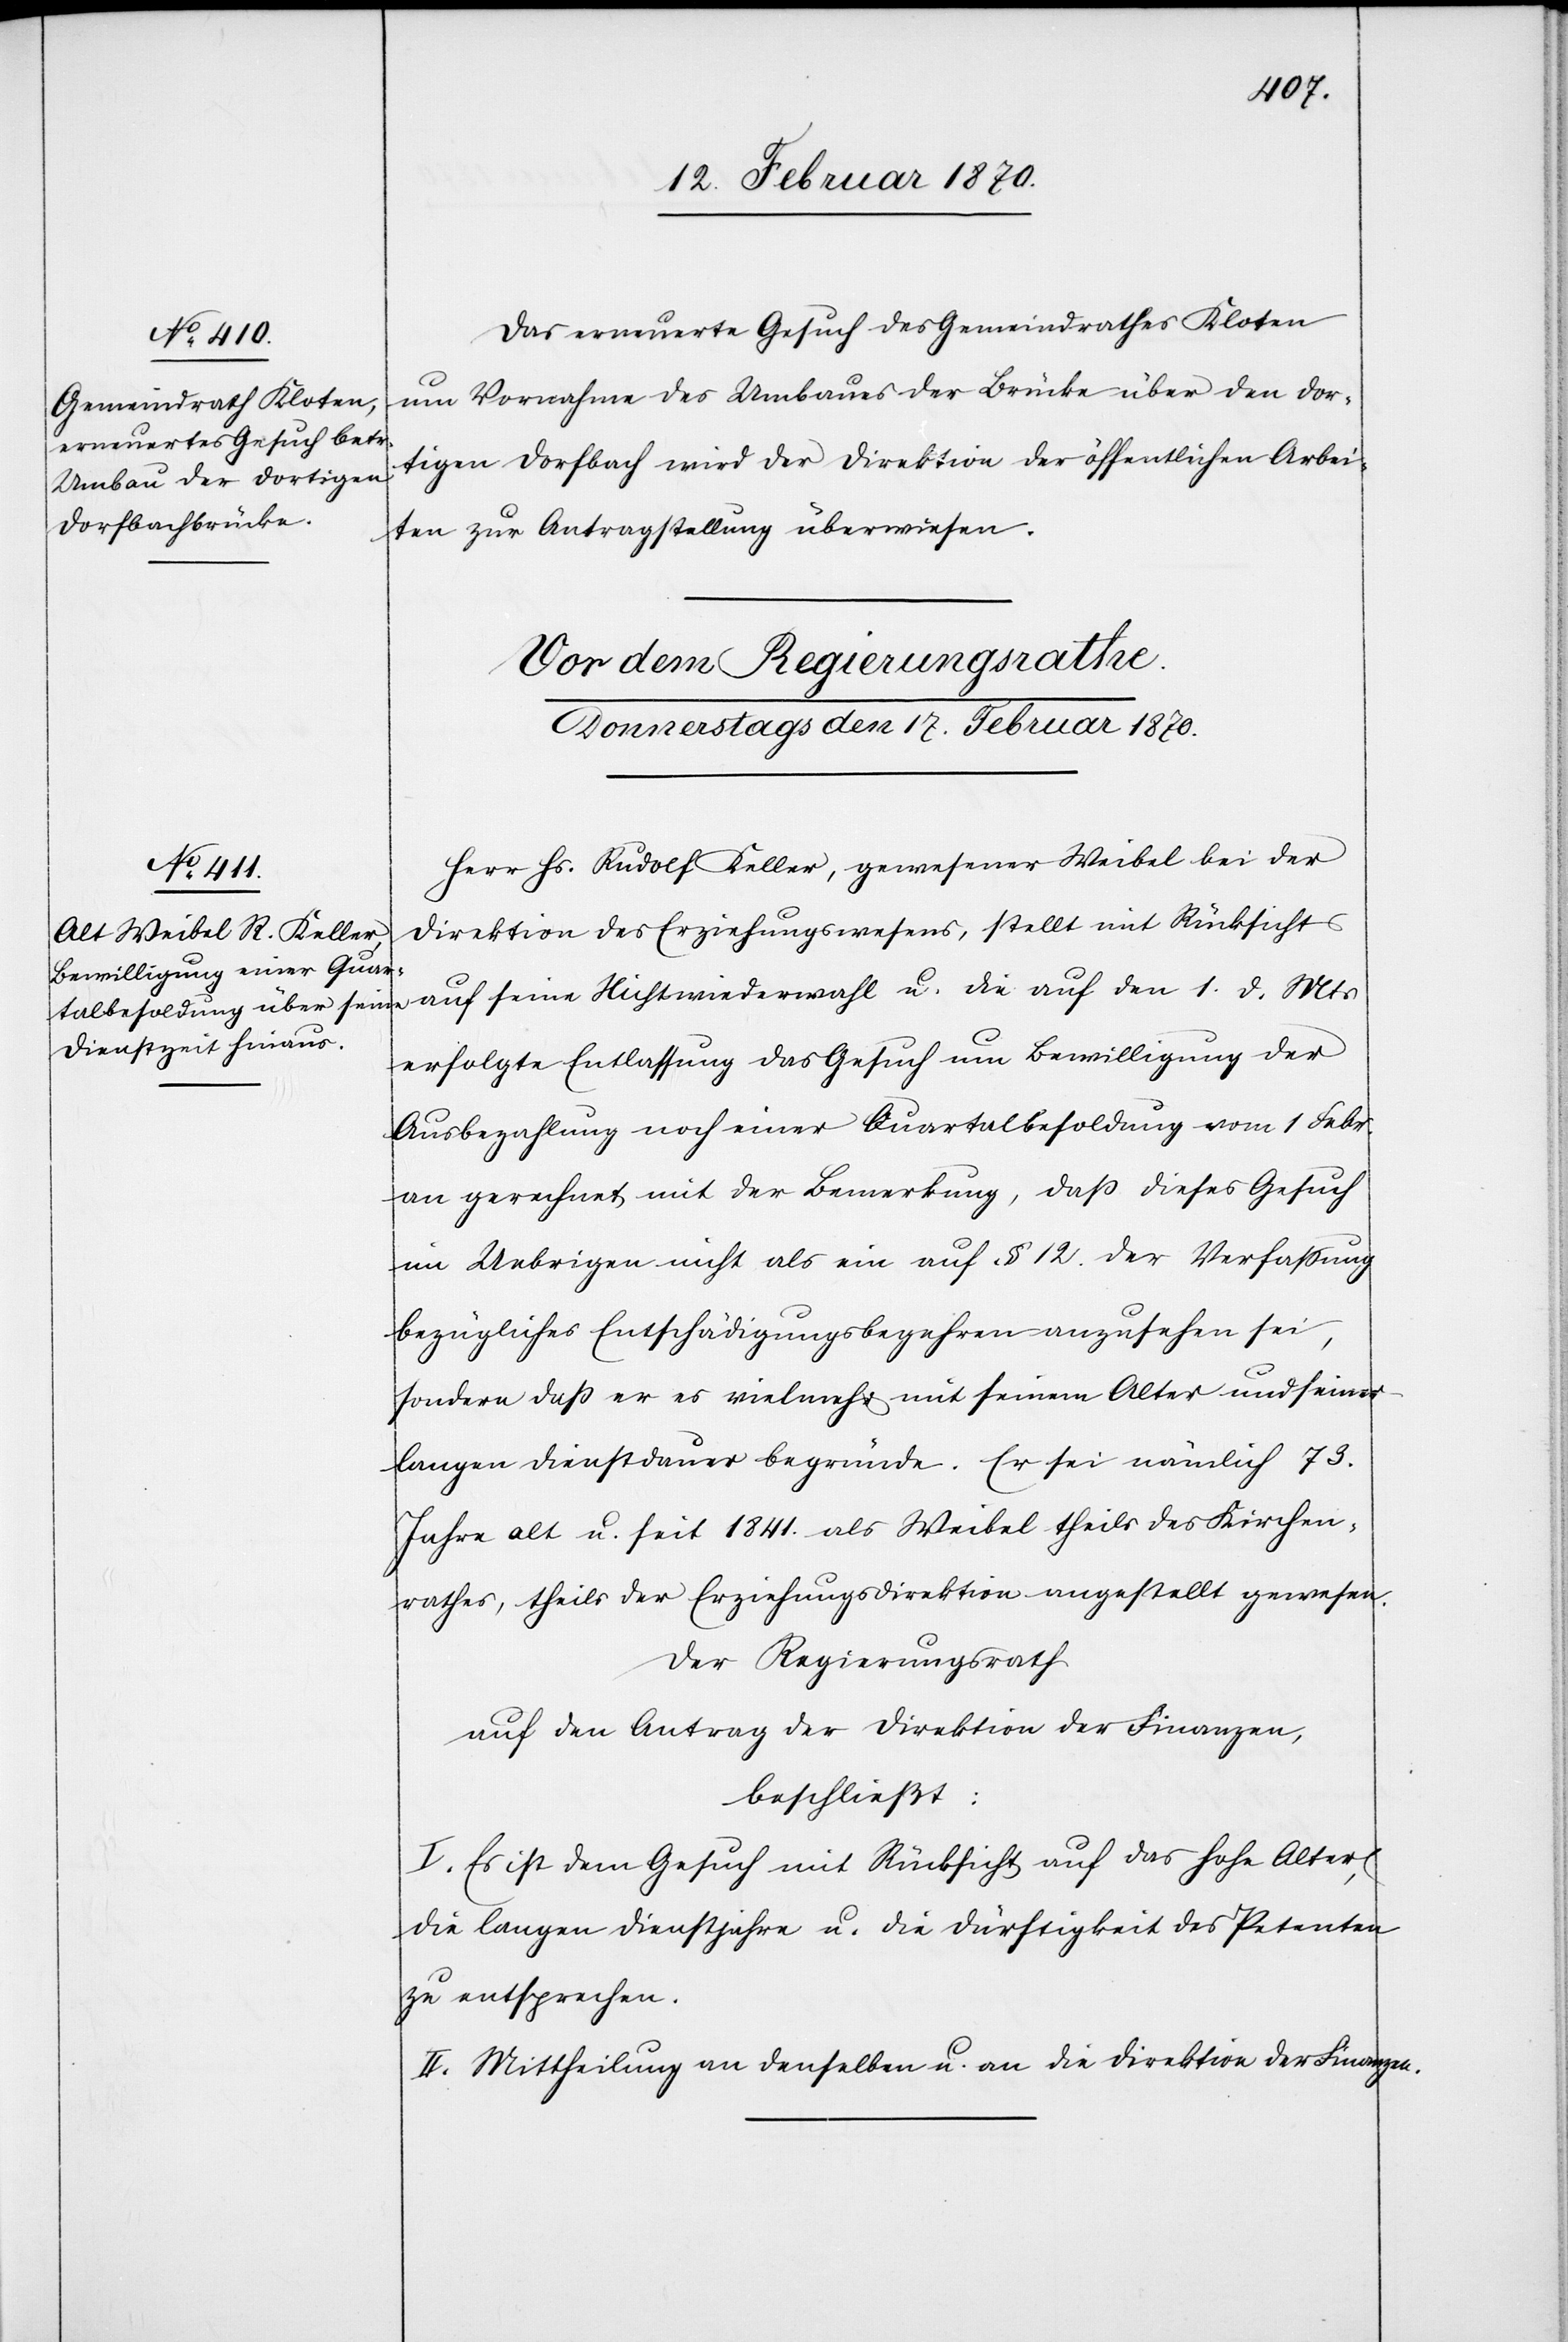
16. Februar 1870.]
Das erneuerte Gesuch des Gemeindrathes Kloten
um Vornahme des Umbaues der Brücke über den dor¬
tigen Dorfbach wird der Direktion der öffentlichen Arbei¬
ten zur Antragstellung überwiesen.
Herr Hs. Rudolf Keller, gewesener Weibel bei der
1. d. Mts
Direktion des Erziehungswesens, stellt mit Rücksicht auf
erfolgte Entlassung das Gesuch um Bewilligung der
Ausbezahlung noch einer Quartalbesoldung vom 1 Febr.
an gerechnet mit der Bemerkung, dass dieses Gesuch
im Uebrigen nicht als ein auf § 12. der Verfassung
bezügliches Entschädigungsbegehren anzusehen sei,
sondern dass er es vielmehr mit seinem Alter und seiner
langen Dienstdauer begründe. Er sei nämlich 73.
Jahre alt u. seit 1841. als Weibel theils des Kirchen¬
rathes, theils der Erziehungsdirektion angestellt gewesen.
Der Regierungsrath
auf den Antrag der Direktion der Finanzen
beschließt:
I. Es ist dem Gesuch mit Rücksicht auf das hohe Alter,
die langen Dienstjahre u. die Dürftigkeit des Petenten
zu entsprechen
II. Mittheilung an denselben u. an die Direktion der Finanzen.